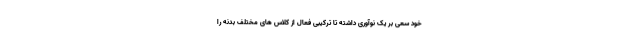
خود سعی بر یک نوآوری داشته تا ترکیبی فعال از کلاس های مختلف بدنه را